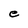
Character: e